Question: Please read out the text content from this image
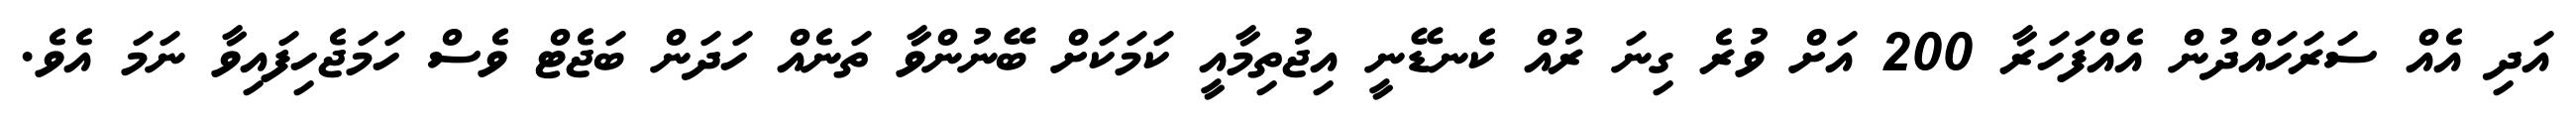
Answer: އަދި އެއް ސަރަހައްދުން އެއްފަހަރާ 200 އަށް ވުރެ ގިނަ ރުއް ކެނޑޭނީ އިޖުތިމާއީ ކަމަކަށް ބޭނުންވާ ތަނެއް ހަދަން ބަޖެޓް ވެސް ހަމަޖެހިފައިވާ ނަމަ އެވެ.